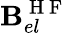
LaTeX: \mathbf{B}_{el}^{\mathrm{~H~F~}}